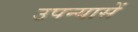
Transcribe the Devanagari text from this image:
उपन्यासें